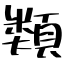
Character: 類